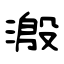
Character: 溵